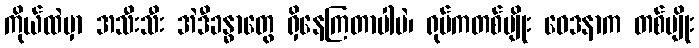
ကိုယ်ထဲမှာ အသီးသီး အဲဒီခန္ဓာတွေ ရှိနေကြတာပါပဲ၊ ရုပ်ကတစ်မျိုး ဝေဒနာက တစ်မျိုး